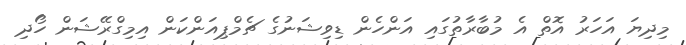
މިދިޔަ އަހަރު އޮތް އެ މުބާރާތުގައި އަންހެން ޑިވިޝަނުގެ ޗެމްޕިއަންކަން އިމިގްރޭޝަން ހޯދި